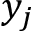
y _ { j }